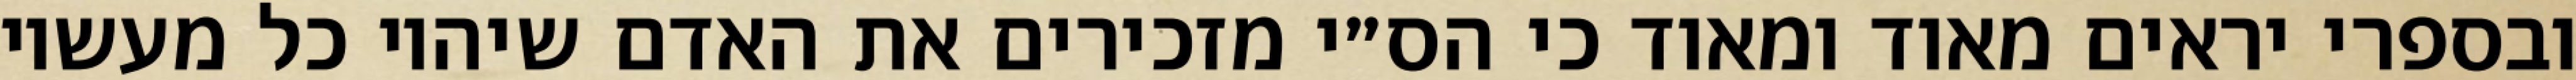
ובספרי יראים מאוד ומאוד כי הס״י מזכירים את האדם שיהיו כל מעשיו